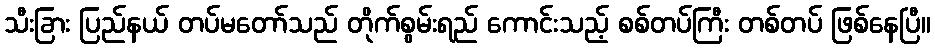
သီးခြား ပြည်နယ် တပ်မတော်သည် တိုက်စွမ်းရည် ကောင်းသည့် စစ်တပ်ကြီး တစ်တပ် ဖြစ်နေပြီ။